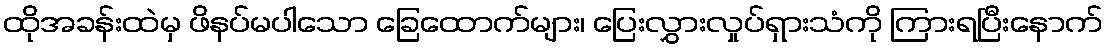
ထိုအခန်းထဲမှ ဖိနပ်မပါသော ခြေထောက်များ၊ ပြေးလွှားလှုပ်ရှားသံကို ကြားရပြီးနောက်